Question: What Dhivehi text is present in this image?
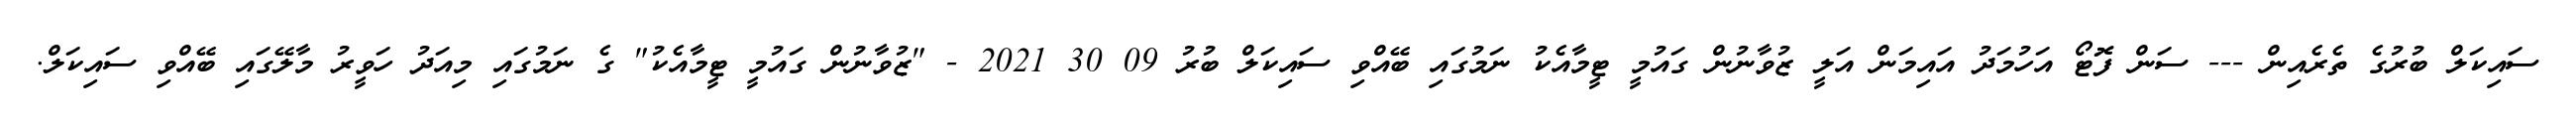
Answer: ސައިކަލް ބުރުގެ ތެރެއިން --- ސަން ފޮޓޯ އަހުމަދު އައިމަން އަލީ ޒުވާނުން ގައުމީ ޓީމާއެކު ނަމުގައި ބޭއްވި ސައިކަލް ބުރު 09 30 2021 - "ޒުވާނުން ގައުމީ ޓީމާއެކު" ގެ ނަމުގައި މިއަދު ހަވީރު މާލޭގައި ބޭއްވި ސައިކަލް.